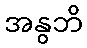
အနွဘိ